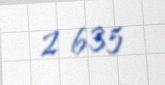
2 635